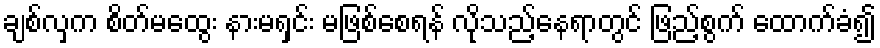
ချစ်လှက စိတ်မထွေး နားမရှင်း မဖြစ်စေရန် လိုသည့်နေရာတွင် ဖြည့်စွက် ထောက်ခံ၍